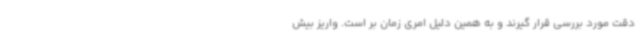
دقت مورد بررسی قرار گیرند و به همین دلیل امری زمان بر است. واریز بیش